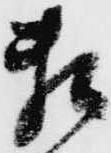
頼